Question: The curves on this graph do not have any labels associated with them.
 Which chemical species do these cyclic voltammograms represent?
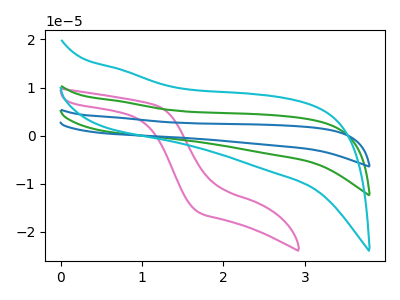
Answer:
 <answer>The pink curve does not have a label. The green curve does not have a label. The blue curve does not have a label. The cyan curve does not have a label.</answer>
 <eval></eval>